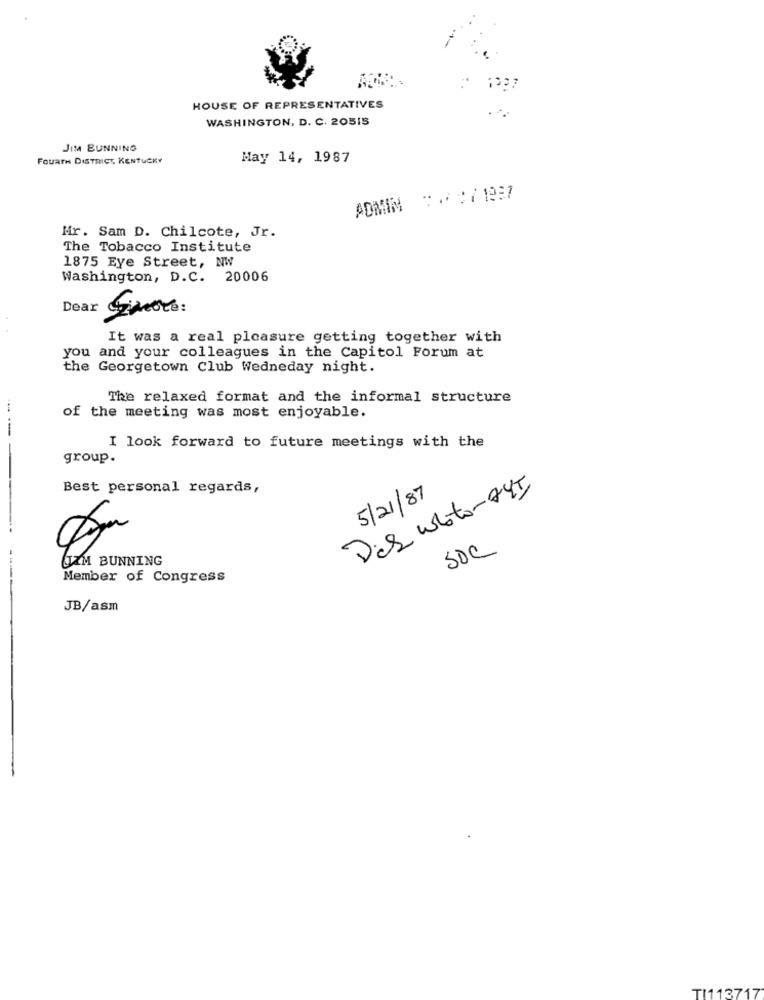
HOUSE OF REPRESENTATIVES
WASHINGTON, D. C. 20515
JIM BUNNING
Fouare DISTRICT, KENTUCKY
May 14, 1987
ADMIN : . : 7 1937
Mr. Sam D. Chilcote, Jr.
The Tobacco Institute
1875 Eye Street, NW
Washington, D.C. 20006
Dear Simore:
It was a real pleasure getting together with
you and your colleagues in the Capitol Forum at
the Georgetown Club Wedneday night.
The relaxed format and the informal structure
of the meeting was most enjoyable.
I look forward to future meetings with the
-----
group.
Best personal regards,
5/21/87
SOC
UZM BUNNING
----
Member of Congress
JB/asm
TI113717